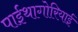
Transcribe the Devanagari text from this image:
पाईथागोरियाई